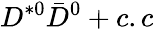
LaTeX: D^{*0}\bar{D}^{0}+c.c